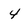
Character: 4